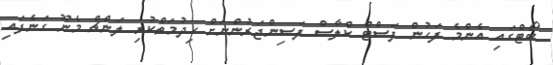
ބޯޓްގައި އެންމެ ފަހުން ފަސްޓް ކްލާސް ފަސިންޖަރުންނަށް ހިދުމަތްކުރި ލަންޗް މެނޫ ގަނެފައި